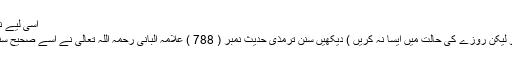
اسی لیے نبی مکرم صلی اللہ علیہ وسلم نے فرمایا ہے :
( ناک کے اندر پانی چڑھانے میں مبالغہ کرو لیکن روزے کی حالت میں ایسا نہ کریں ) دیکھیں سنن ترمذی حدیث نمبر ( 788 ) علامہ البانی رحمہ اللہ تعالی نے اسے صحیح سنن ترمذی ( 631 ) میں صحیح قرار دیا ہے ۔